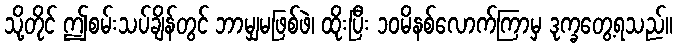
သို့တိုင် ဤစမ်းသပ်ချိန်တွင် ဘာမျှမဖြစ်ဖဲ၊ ထိုးပြီး ၁၀မိနစ်လောက်ကြာမှ ဒုက္ခတွေ့ရသည်။